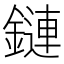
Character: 鏈